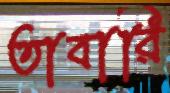
তাবারি